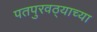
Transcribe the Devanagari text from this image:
पतपुरवठ्याच्या